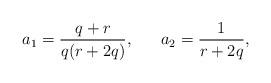
LaTeX: \begin{align*}a_{1}=\frac{q+r}{q(r+2q)},~~~~~a_{2}=\frac{1}{r+2q}, \end{align*}